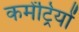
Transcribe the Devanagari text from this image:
कमेंट्रियों